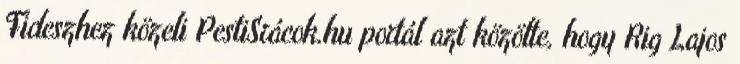
Fideszhez közeli PestiSrácok.hu portál azt közölte, hogy Rig Lajos